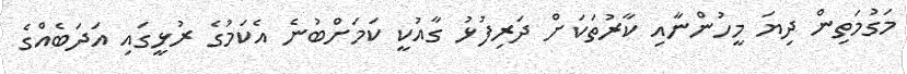
މަގުމަތިން ދިޔަ މީހުންނާއި ކާރުތަކަށް ދަރިފުޅު ގާއުކީ ކަމަށްބުނެ އެކަމުގެ ރުޅީގައި އަދަބެއްގެ